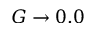
G \rightarrow 0 . 0